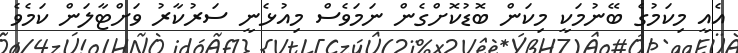
އެއީ މިކަމުގެ ބޭނުމަކީ މިކަން ބޮޑުކޮށްގެން ނަމަވެސް މިއުޅެނީ ސަރުކާރު ވަށްޓާލަން ކަމެވެ